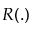
R ( . )